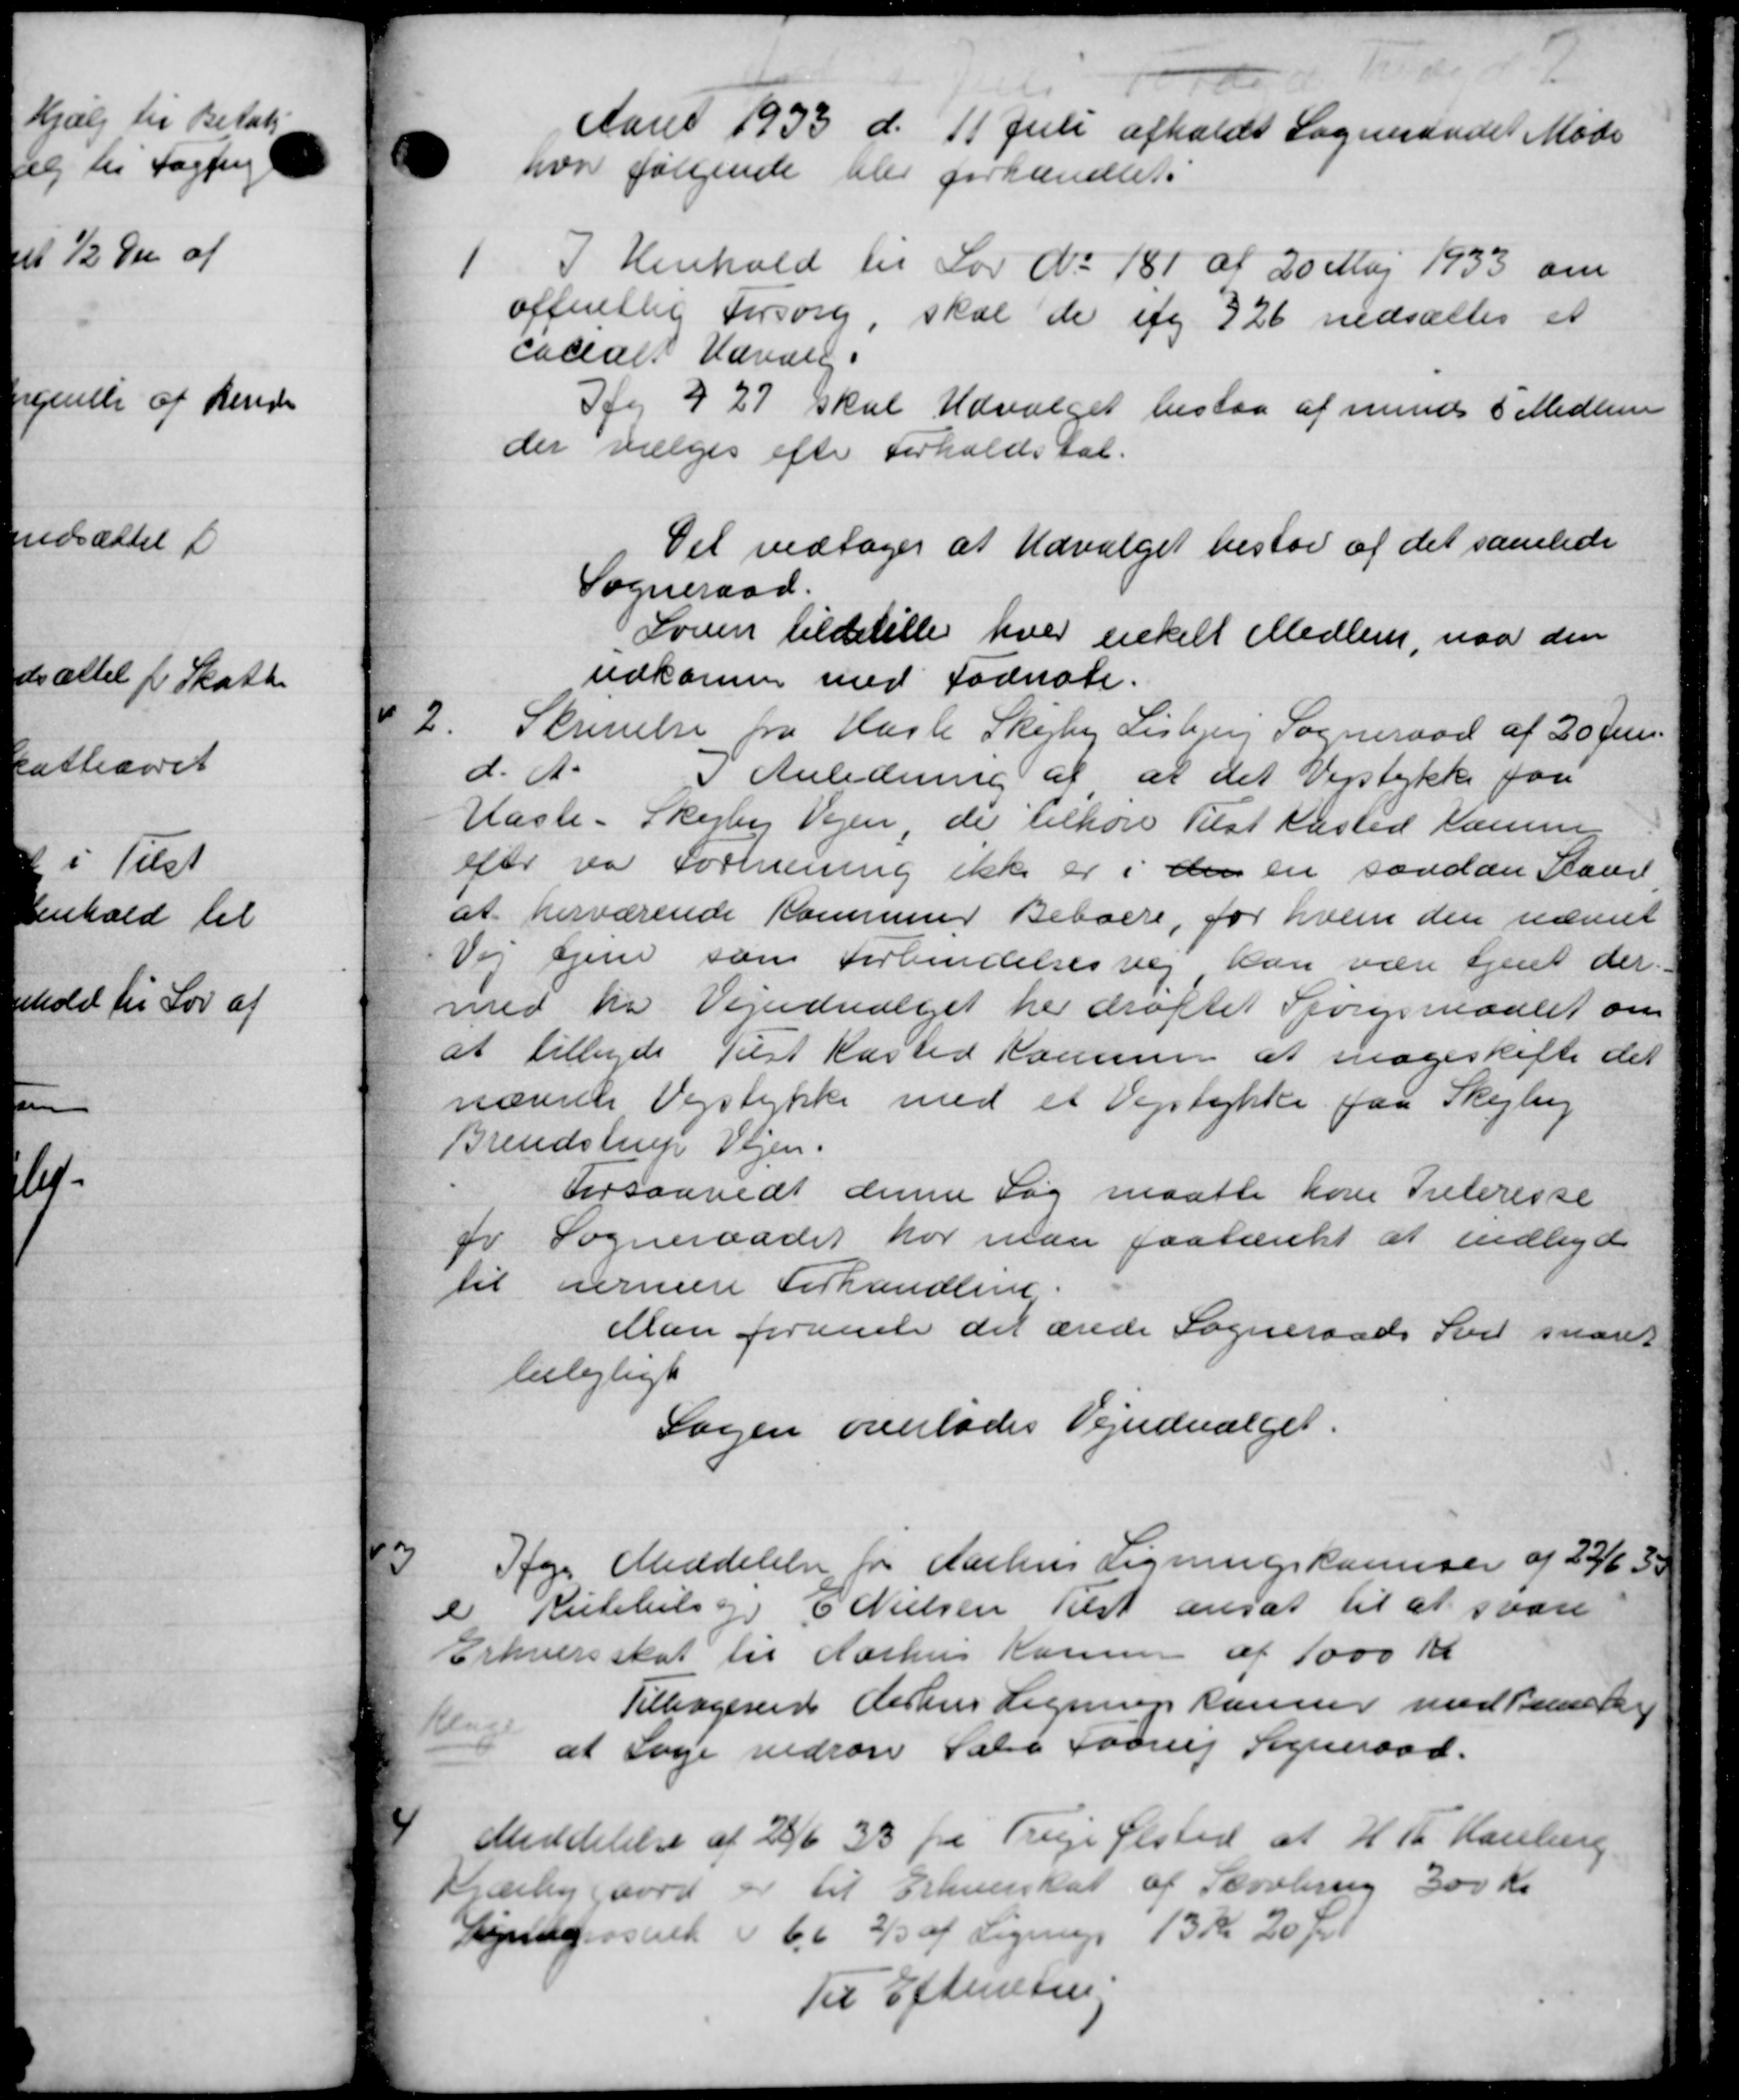
Transskription:
Aaret 1933 d. 11 Juli afholdt Sogneraadet Møde
hvor følgende blev forhandlet.
1
I Henhold til Lov No 181 af 20 Maj 1933 om
offentlig Forsorg, skal de afg 326 nedsættes et
Cacialt Udvalg
Jg § 27 skal Udvalget bestaa af mindes 8 Medlem
der vælges efter Forholdstal.
Det vedtoges at Udvalget bestod af det samlede
Sogneraad.
Loven tildetille hver enkelt Medlem, naar den
udkomme med Fodnate.
2
Skrivelse fra Hasle Skejby Lisbjerg Sogneraad af 20 Juni.
d. A.
I Anledning af at det Vejstykke for
Hasle-Skejby Vejen, de tilhøre Tilst Kasted Kamme
ejer paa Forenening ikke er i den en saadan Stand,
at herværende Kommuner Beboere, for hvem den nævnt
Vej ejene som Forbindelsesvej kan være tjent der.
med fra Vejudvalget her drøftet Spørgsmaalet om
at tilbyde Tilst Kasted Kommen at nogeskifte det
nævnes Vejstykke med et Vejstykke faa Skejby
Brendstrup Vejen.
Forsaavidt denne Sag maatte kom Interesse
fr Sogneraadet har man paatænkt at indbyd
til nærmere Forhandling.
Man foramle det ærede Sogneraads Svil snaret
lielejligt
Sagen overlodes Vejudvalget.
3
Ige Meddelelse fra Aarhus Ligningskomiser af 23/6 33
e Rutebilsog E. Nielsen Rest ansat til at svare
Erhvervsskat til Aarhus Korsen af 1000 Kr
Klage
Tilbagesende Aarhus Regning kanner med Teestr
at søge vedrøre Sale Faarup Sogneraad.
4
Meddelelse af 28/6 33 fra Trige Ølsted at H. P. Hanberg
Kjærlinggaard er til Erhvervskat af Skovbrug 300 Kr.
Syngsted 66 2/3 af Ligning 13 Kr. 20 Øre
Til Efterretnin